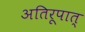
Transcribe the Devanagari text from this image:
अतिरूपात्